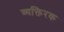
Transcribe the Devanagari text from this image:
व्यक्तिरक